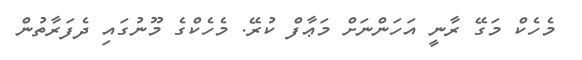
މެހެކް މަގޭ ރާނީ އަހަންނަށް މަޢާފް ކުރޭ. މެހެކްގެ މޫނުގައި ދެފަރާތުން